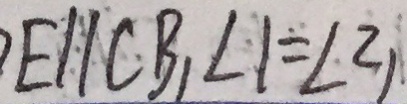
E / / C B , \angle 1 = \angle 2